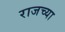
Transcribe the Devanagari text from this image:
राजच्या